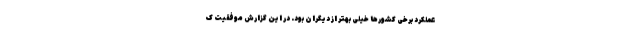
عملکرد برخی کشورها خیلی بهتر از دیگران بود. در این گزارش موفقیت ک